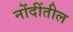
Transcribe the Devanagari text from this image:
नोंदींतील